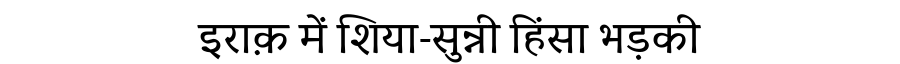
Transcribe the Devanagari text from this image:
इराक़ में शिया-सुन्नी हिंसा भड़की